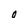
Character: O